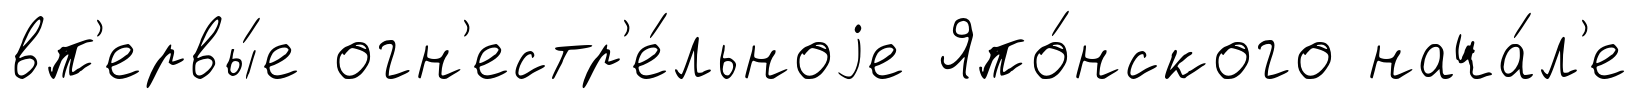
вп'ервы́е огн'естр'е́льноjе Япо́нского нача́л'е